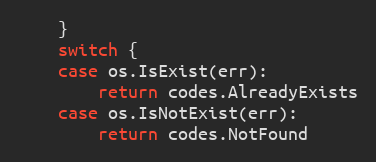
Language: Go
	}
	switch {
	case os.IsExist(err):
		return codes.AlreadyExists
	case os.IsNotExist(err):
		return codes.NotFound